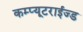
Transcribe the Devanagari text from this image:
कम्प्यूटराईज्ड